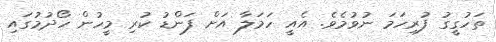
ތަހުގީގު ފުރިހަމަ ނުވުމެވެ. އެއީ ހަމަލާ އަށް ފަންޑު ކުރި މީހުން ހޯދުމުގައި